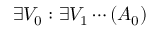
\exists V _ { 0 } : \exists V _ { 1 } \cdots ( A _ { 0 } )